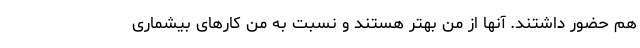
هم حضور داشتند. آنها از من بهتر هستند و نسبت به من کارهای بیشماری